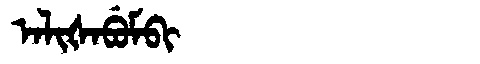
Manchu: ᠠᠯᡳᡧᠠᠪᡠᠮᠪᡳ
Romanization: ALIŠABUMBI